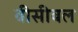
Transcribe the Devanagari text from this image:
वीसीबल